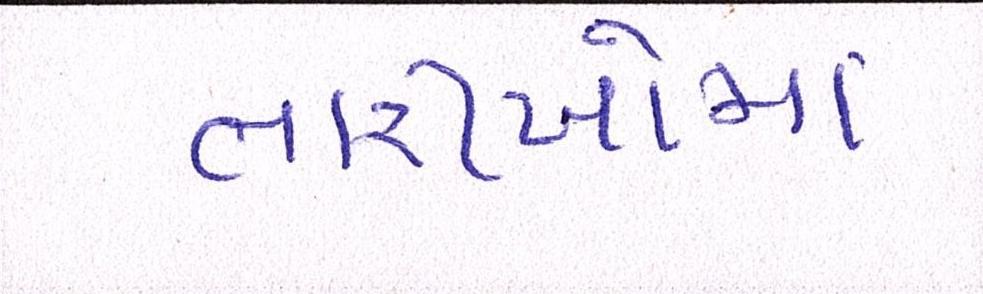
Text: તારીખોમાં